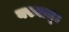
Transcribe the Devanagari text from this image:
यस्मात्।